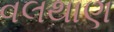
વલથાણ